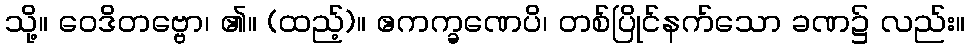
သို့။ ဝေဒိတဗ္ဗော၊ ၏။ (ထည့်)။ ဧကက္ခဏေပိ၊ တစ်ပြိုင်နက်သော ခဏ၌ လည်း။